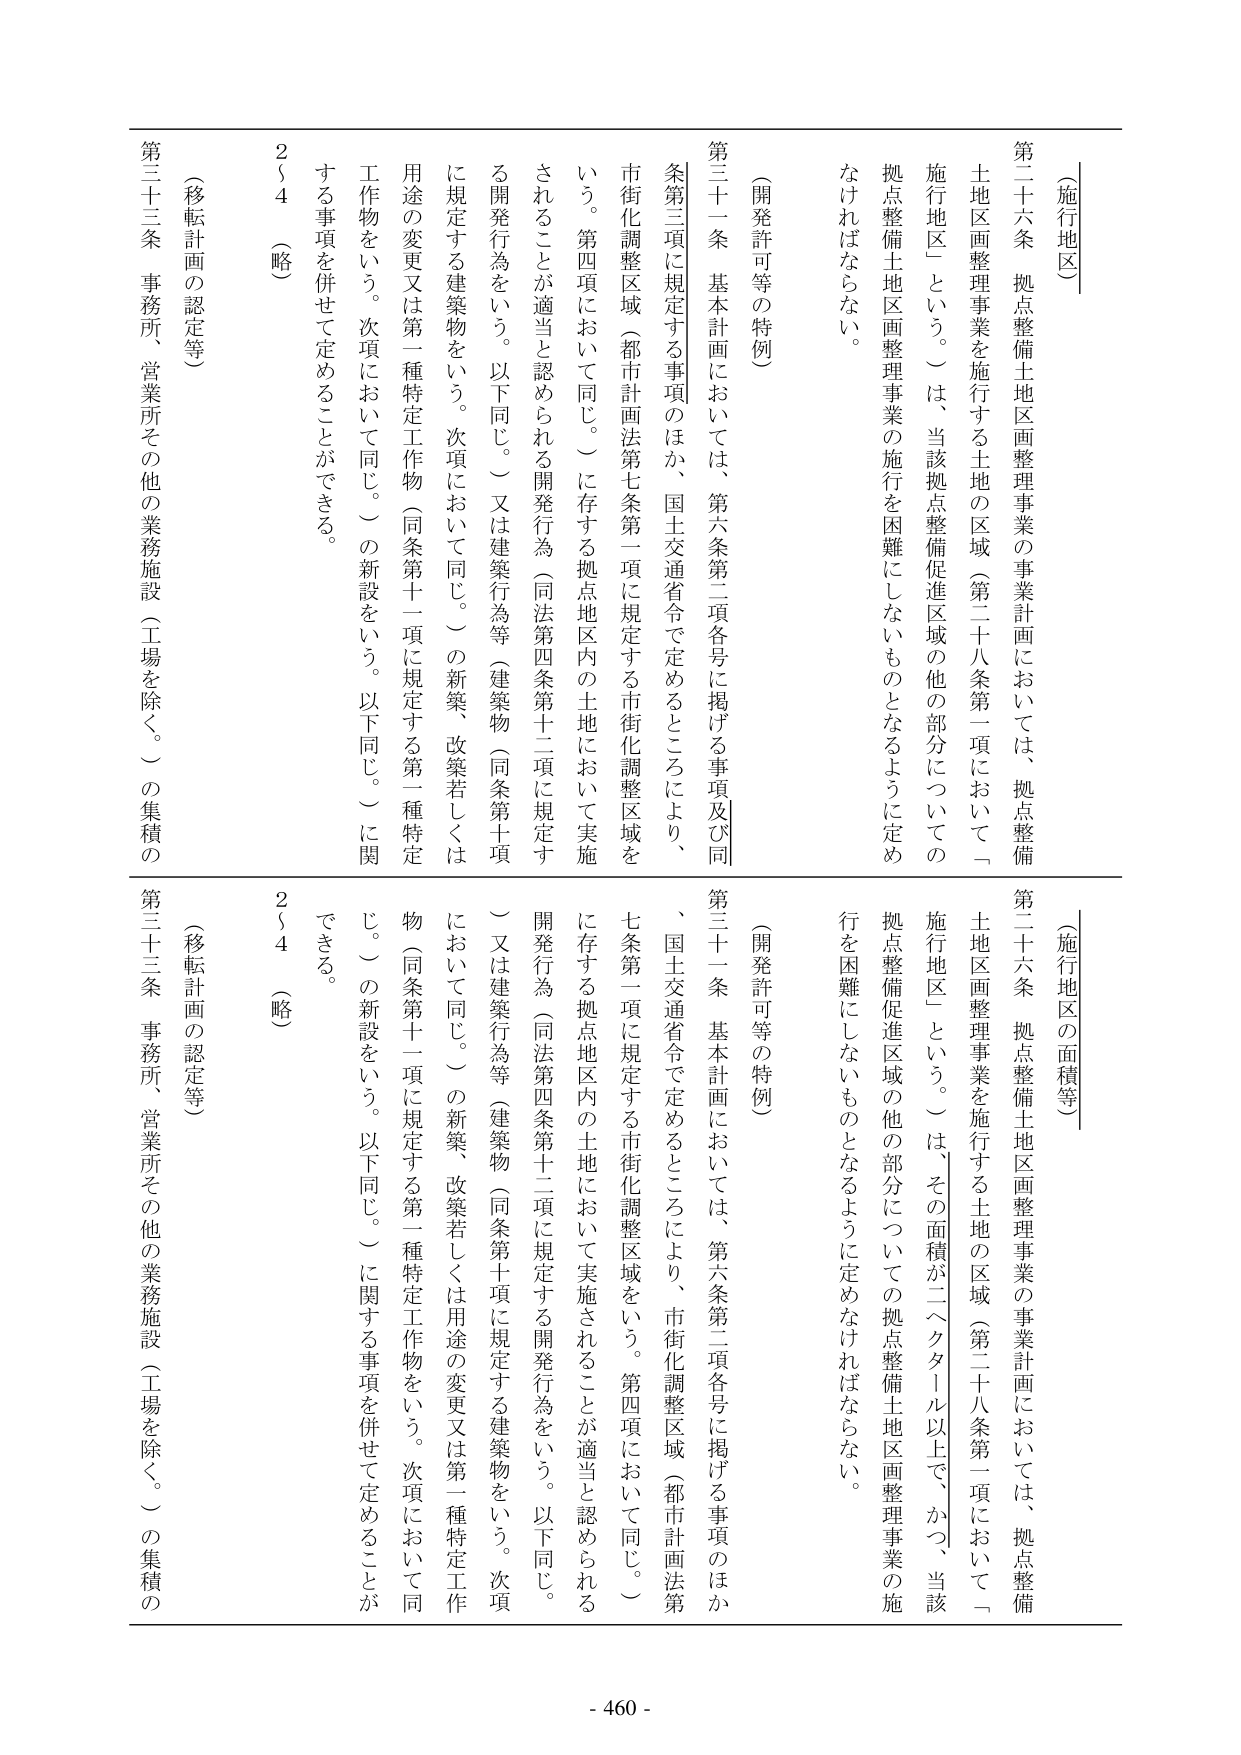
〔施行地区〕
第二十六条 拠点整備土地区画整理事業の事業計画においては、拠点整備
土地区画整理事業を施行する土地の区域（第二十八条第一項において「
施行地区」という。）は、当該拠点整備促進区域の他の部分についての
拠点整備土地区画整理事業の施行を困難にしないものとなるように定め
なければならない。

〔開発許可等の特例〕
第三十一条 基本計画においては、第六条第二項各号に掲げる事項及び同
条第三項に規定する事項のほか、国土交通省令で定めるところにより、
市街化調整区域（都市計画法第七条第一項に規定する市街化調整区域を
いう。第四項において同じ。）に存する拠点地区内の土地において実施
されることが適当と認められる開発行為（同法第四条第十二項に規定す
る開発行為をいう。以下同じ。）又は建築行為等（建築物（同条第十項
に規定する建築物をいう。次項において同じ。）の新築、改築若しくは
用途の変更又は第一種特定工作物（同条第十一項に規定する第一種特定
工作物をいう。次項において同じ。）の新設をいう。以下同じ。）に関
する事項を併せて定めることができる。

254（略）
第三十三条 事務所、営業所その他の業務施設（工場を除く。）の集積の

〔施行地区の面積等〕
第二十六条 拠点整備土地区画整理事業の事業計画においては、拠点整備
土地区画整理事業を施行する土地の区域（第二十八条第一項において「
施行地区」という。）は、その面積が二ヘクタール以上で、かつ、当該
拠点整備促進区域の他の部分についての拠点整備土地区画整理事業の施
行を困難にしないものとなるように定めなければならない。

〔開発許可等の特例〕
第三十一条 基本計画においては、第六条第二項各号に掲げる事項のほか
、国土交通省令で定めるところにより、市街化調整区域（都市計画法第
七条第一項に規定する市街化調整区域をいう。第四項において同じ。）
に存する拠点地区内の土地において実施されることが適当と認められる
開発行為（同法第四条第十二項に規定する開発行為をいう。以下同じ。
）又は建築行為等（建築物（同条第十項に規定する建築物をいう。次項
において同じ。）の新築、改築若しくは用途の変更又は第一種特定工作
物（同条第十一項に規定する第一種特定工作物をいう。次項において同
じ。）の新設をいう。以下同じ。）に関する事項を併せて定めることが
できる。

254（略）
第三十三条 事務所、営業所その他の業務施設（工場を除く。）の集積の

- 460 -